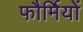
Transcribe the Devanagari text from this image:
फौर्मियों